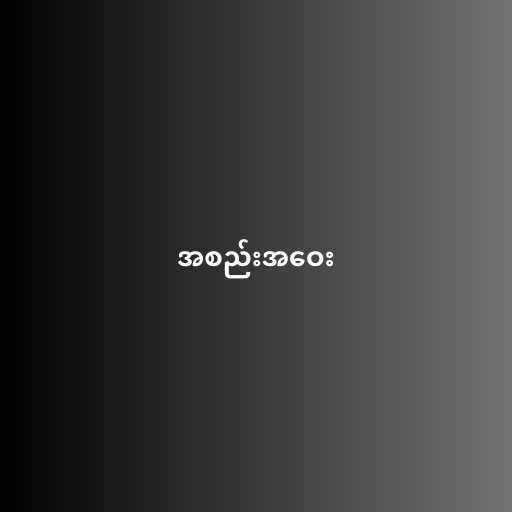
အစည်းအဝေး